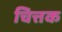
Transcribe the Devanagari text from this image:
चित्तक